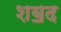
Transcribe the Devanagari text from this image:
शॿद